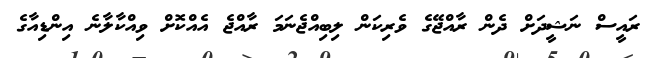
ރައީސް ނަޝީދަށް ދެން ރާއްޖޭގެ ވެރިކަން ލިބިއްޖެނަމަ ރާއްޖެ އެއްކޮށް ވިއްކާލާނެ އިންޑިއާގެ